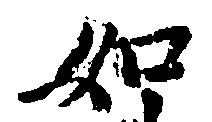
如